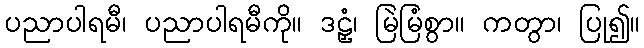
ပညာပါရမီ၊ ပညာပါရမီကို။ ဒဠှံ၊ မြဲမြံစွာ။ ကတွာ၊ ပြု၍။